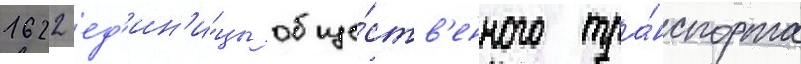
1622 ед'ин'и́цы обще́ств'енного тра́нспорта